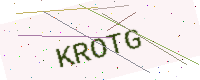
Text: KROTG